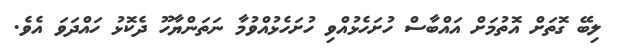
ލިބޭ ގޮތަށް އޮތުމަށް އައްބާސް ހުށަހެޅުއްވި ހުށަހެޅުއްވުމާ ނަތަންޔާހޫ ދެކޮޅު ހައްދަވަ އެވެ.